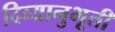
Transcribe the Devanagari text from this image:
दिव्यानुभूती